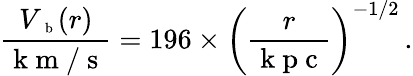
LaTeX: \frac{V_{\mathrm{~\scriptsize~b~}}(r)}{\mathrm{~k~m~/~s~}}=196\times\left(\frac{r}{\mathrm{~k~p~c~}}\right)^{{-1/2}}\, .